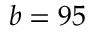
b = 9 5